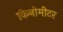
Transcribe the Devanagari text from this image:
किनोमीटर